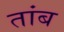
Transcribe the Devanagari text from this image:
तांब